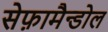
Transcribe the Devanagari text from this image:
सेफ़ामैन्डोल